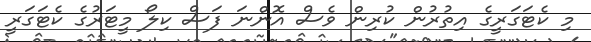
މި ކެޓަގަރީގެ އިތުރުން ކުރިން ވެސް އޮންނަ ފަސް ކިލޯ މީޓަރުގެ ކެޓަގަރީ